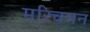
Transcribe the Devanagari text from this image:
मरिचमन